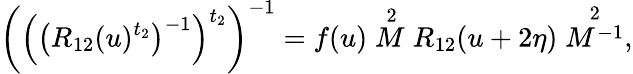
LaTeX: \left(\left(\left(R_{12}(u)^{t_{2}}\right)^{-1}\right)^{t_{2}}\right)^{-1}=f(u)\stackrel{2}{M}R_{12}(u+2\eta)\stackrel{2}{M^{-1}},